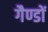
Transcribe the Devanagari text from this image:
गैण्डों